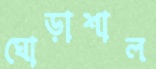
ঘোড়াশাল